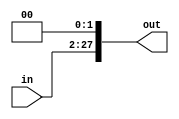
`timescale 1ns / 1ps
//////////////////////////////////////////////////////////////////////////////////
// Company: 
// Engineer: 
// 
// Design Name: 
// Module Name:    Shift_26_28 
// Project Name: 
// Target Devices: 
// Tool versions: 
// Description: 
//
// Dependencies: 
//
// Revision: 
// Revision 0.01 - File Created
// Additional Comments: 
//
//////////////////////////////////////////////////////////////////////////////////
module Shift_26_28(in, out);
	input [25:0] in;
	output [27:0] out;
	assign out = {in, 2'b00};
	
	
endmodule